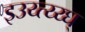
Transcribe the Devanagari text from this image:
इउय्त्य्य्घ्